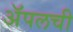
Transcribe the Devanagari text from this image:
अॅपलची